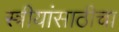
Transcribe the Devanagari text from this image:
स्त्रीयांसाठीचा